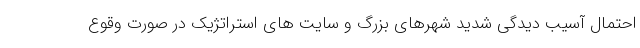
احتمال آسیب دیدگی شدید شهرهای بزرگ و سایت های استراتژیک در صورت وقوع